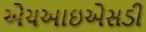
એચઆઇએસડી